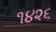
૧૪૨૬